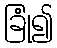
ခြုံ၍